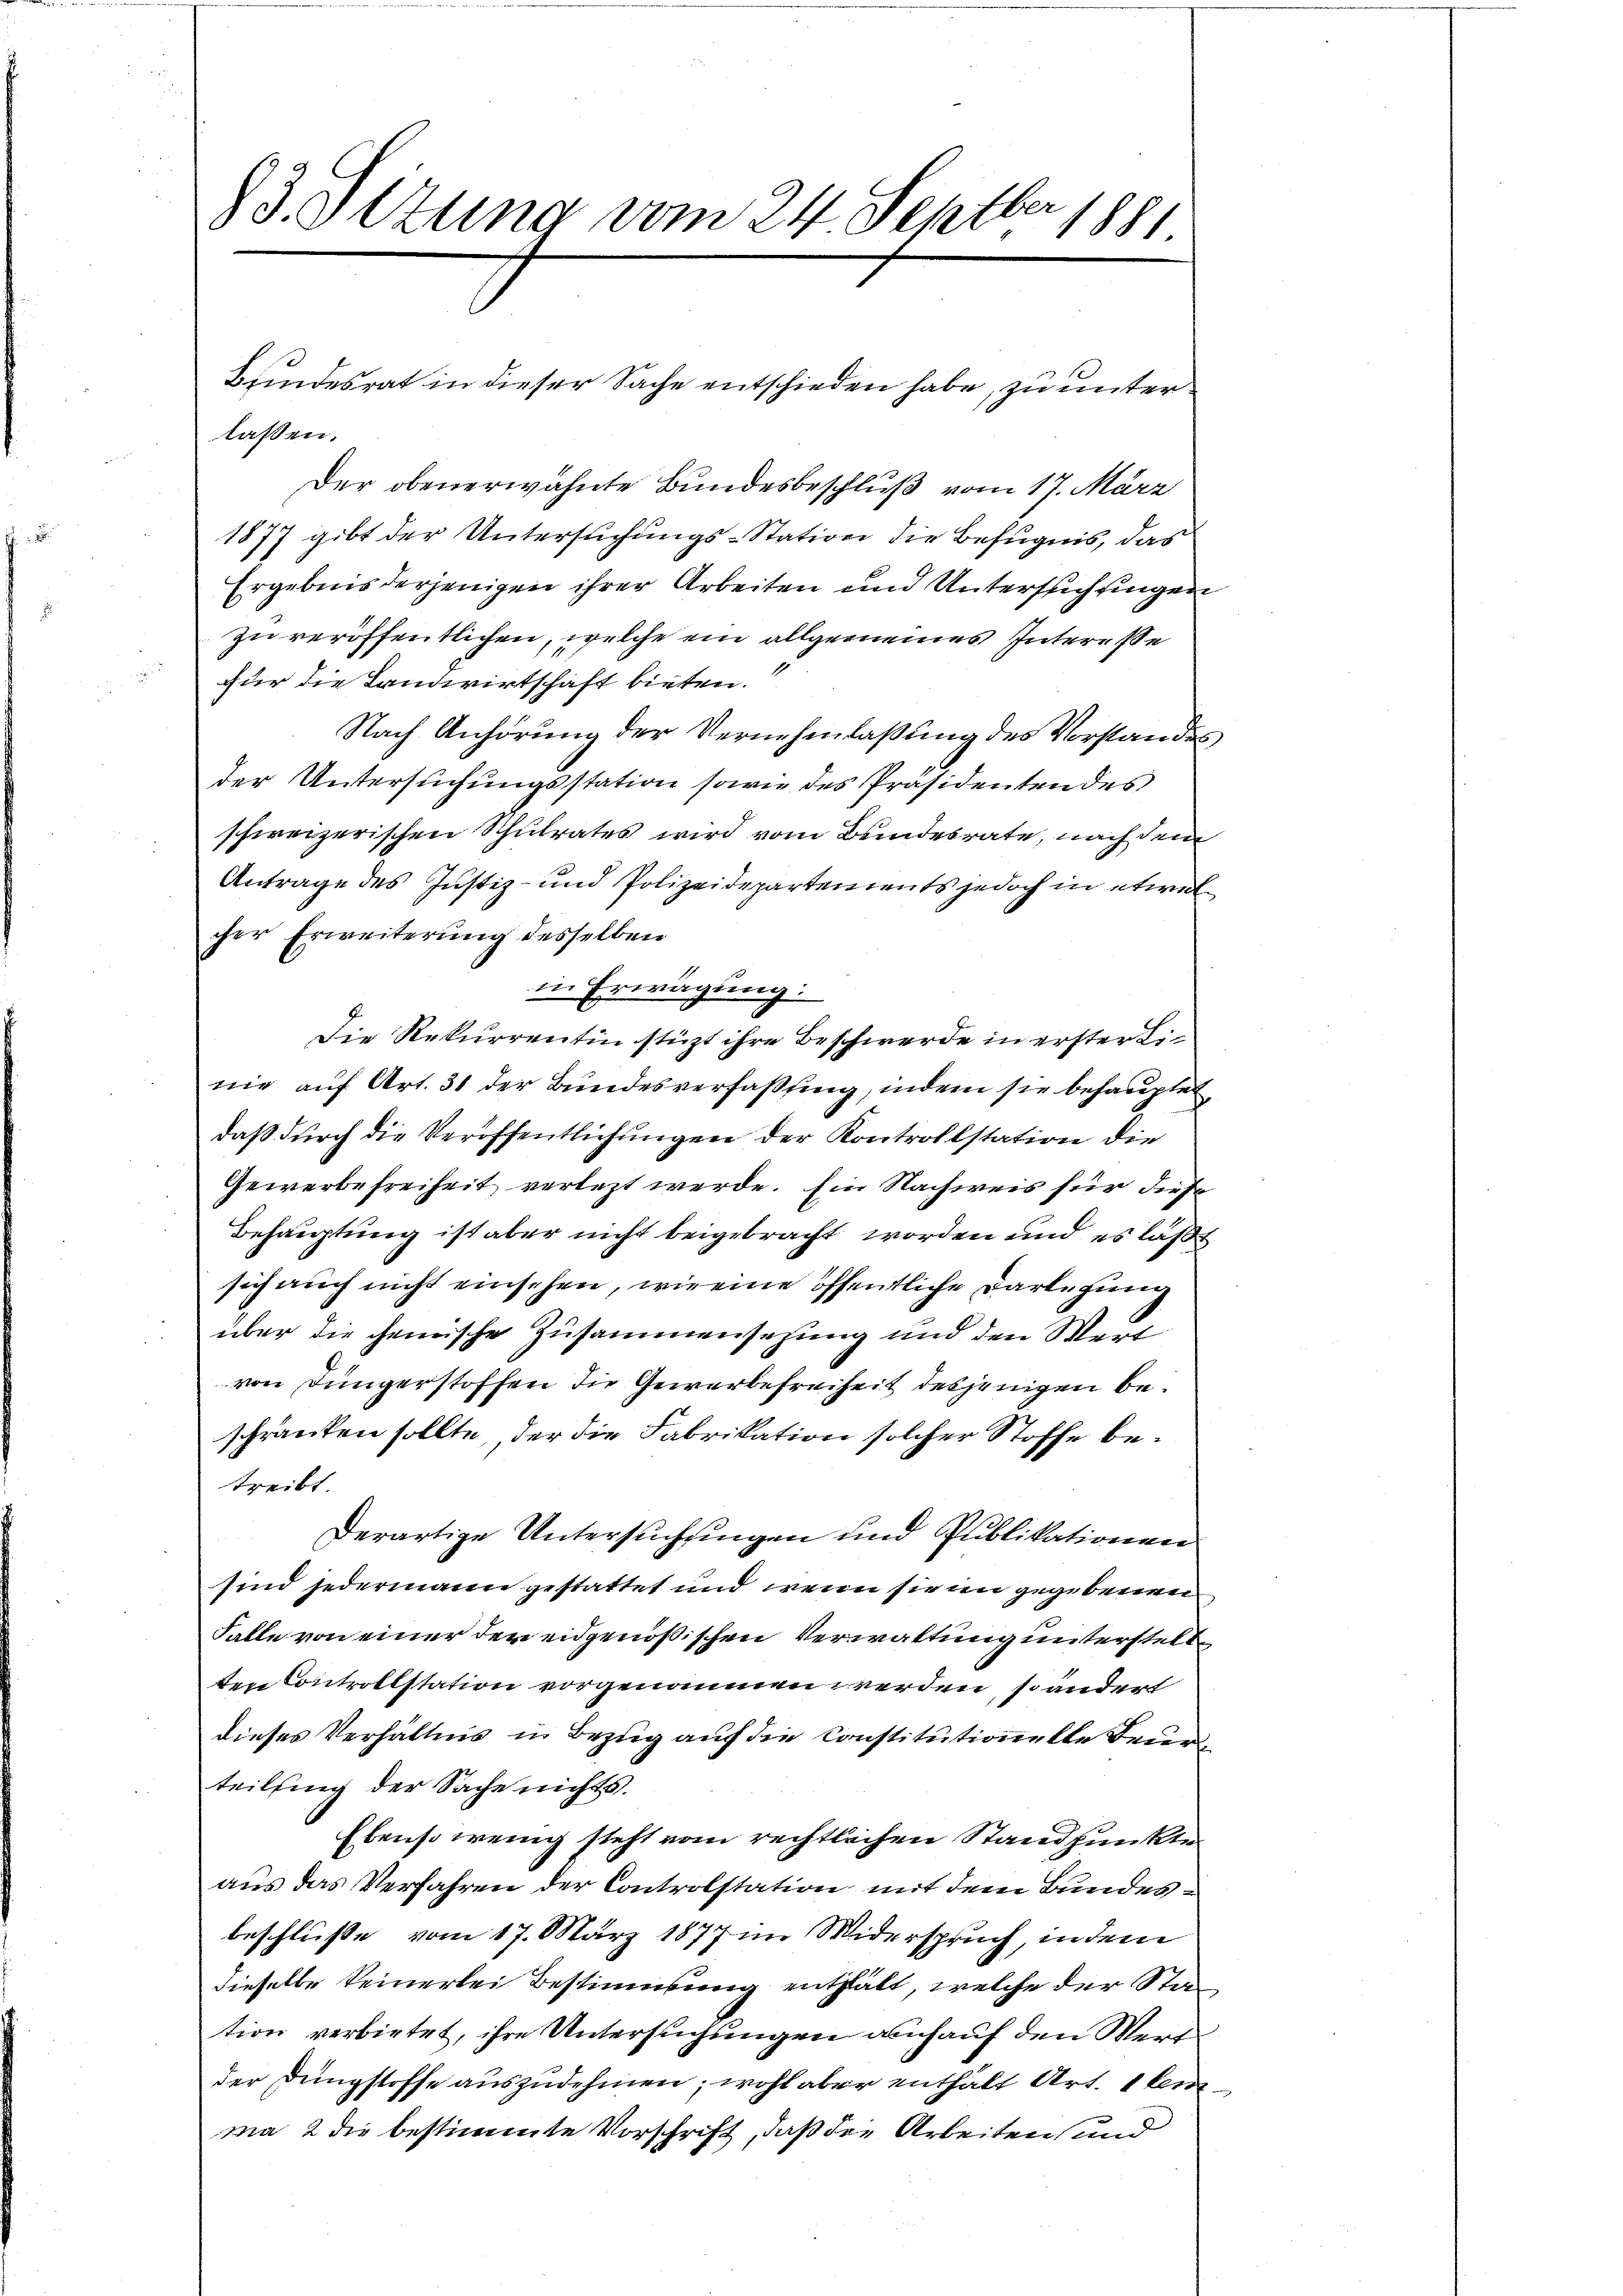
13. Ottung vom 24. Septber 1881

lassen.
Der obenerwähnte Bundesbeschluß vom 17. März
1877 gibt der Untersuchungs-Station die Befugnis, das
Ergebnis derjenigen ihrer Arbeiten und Untersuchungen
zu veröffentlichen, welche ein allgemeines Interesse
1
für die Landwirtschaft bieten.
Nach Anhörung der Vernehmlaßung des Vorstandes
der Untersuchungsstation sowie des Präsidenten des
schweizerischen Schulrates wird vom Bundesrate, nach dem
Antrage des Justiz- und Polizeidepartements jedoch in etwas
cher Erweiterung desselben
in Erwägung:
Die Rekurrentin stützt ihre Beschwerde in erster Linie auf Art. 31 der Bundesverfassung, indem sie behauptet
daß durch die Veröffentlichungen der Kontrollstation die
Gewerbefreiheit verletzt werde. Ein Nachweis für diese
Behauptung ist aber nicht beigebracht worden und es läßt
sich auch nicht einsehen, wir eine öffentliche Darlegung
über die chemische Zusammensetzung und den Wert
von Jüngerstoffen die Gewerbefreiheit desjenigen beschränken sollte, der die Fabrikation solcher Stoffe betreibt.
Derartige Untersuchungen und Publikationen
sind jedermann gestattet und wenn sie in gegebenen
Falle von einer der eidgenößischen Verwaltung unterstellten Controllstation vorgenommen werden, so andert
dieses Verhältnis in Bezug auf die Constitutionelle Beurteilsing der Sache nichts.
Ebenso wenig steht vom rechtlichen Standpunkte
aus das Verfahren der Controlstation mit dem Bundesbeschlüße vom 17. März 1877 im Widerspruch, in dem
dieselbe keinerlei Bestimmung enthält, welche der Station verbietet, ihre Untersuchungen abhauf den Wort
der Dungstoffe auszudehnen, wohl aber enthält Art. 1 demma 2 die bestimmte Vorschrift, daß die Arbeiten und

Bundesrat in dieser Sache entschieden habe, zu unter